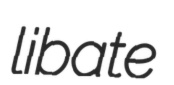
libate